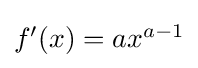
{\textstyle f'(x)=ax^{a-1}}